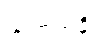
သံဟရာနိ